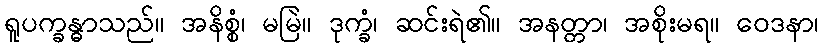
ရူပက္ခန္ဓာသည်။ အနိစ္စံ၊ မမြဲ။ ဒုက္ခံ၊ ဆင်းရဲ၏။ အနတ္တာ၊ အစိုးမရ။ ဝေဒနာ၊